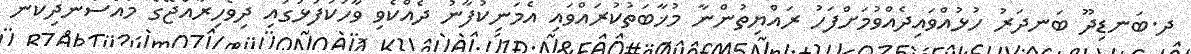
ދ.ބަނޑިދޫ ބަނދަރު ހުޅުއްވައިދެއްވުމަށްފަހު ރައްޔިތުންނާ މުޚާބަތުކުރައްވައި އެމަނިކުފާނު ދެއްކެވި ވާހަކަފުޅުގައި ދިވެހިރާއްޖޭގެ މުއްސަނދިކަން